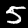
Label: 5